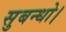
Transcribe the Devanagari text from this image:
सुबन्‍धो।